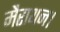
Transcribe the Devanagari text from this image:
मैराथन।